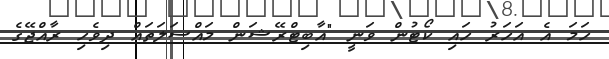
ހަމަ އެ އަހަރު ހައި ކޯޓުން ވަނީ "އާބިޓްރޭޝަން މައްސަލަތައް ދިވެހި ރާއްޖޭގެ